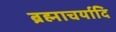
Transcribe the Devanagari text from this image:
ब्रह्माचर्यादि